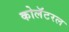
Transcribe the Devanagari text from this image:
कोलॅटरल